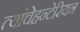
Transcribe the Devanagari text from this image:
त्यांचेहन्टेरियन